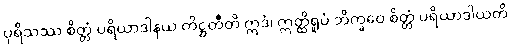
ပုရိသဿ စိတ္တံ ပရိယာဒါနယ တိဋ္ဌတီတိ ဣဒံ၊ ဣတ္ထိရူပံ ဘိက္ခဝေ စိတ္တံ ပရိယာဒါယတိ